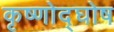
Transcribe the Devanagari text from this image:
कृष्णोद्घोष